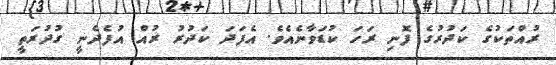
ރުއްތަކުގެ ކަދުރުގެ ފޮނި ރަަހަ ކުޑަވާނެއެވެ. އެފަދަ ކަދުރު ރުއް އުފެދެނީ ގުދުރަތީ